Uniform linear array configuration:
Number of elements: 64
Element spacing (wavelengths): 0.25
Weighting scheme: binomial
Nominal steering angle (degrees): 30
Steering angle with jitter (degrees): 30.328
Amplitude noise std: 0.05
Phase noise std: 0.05

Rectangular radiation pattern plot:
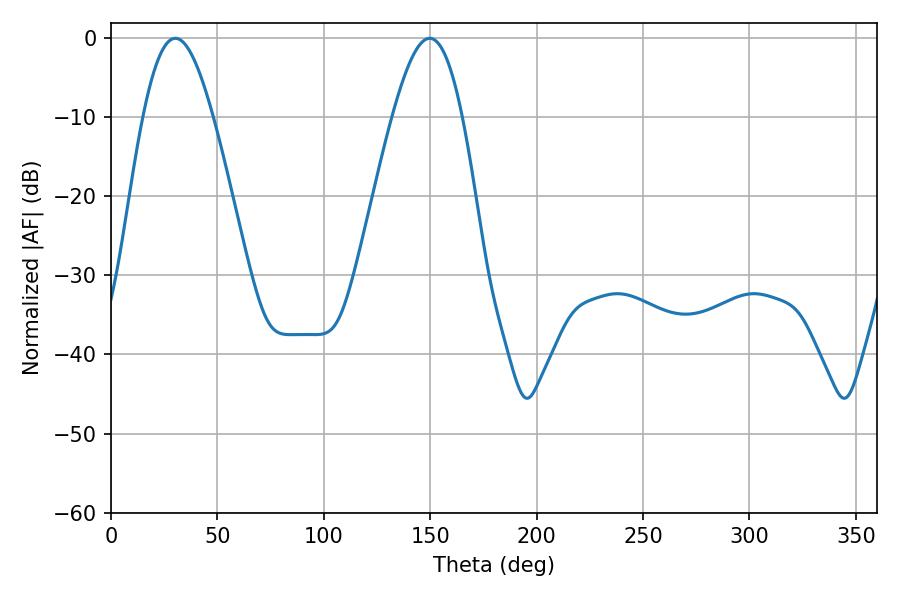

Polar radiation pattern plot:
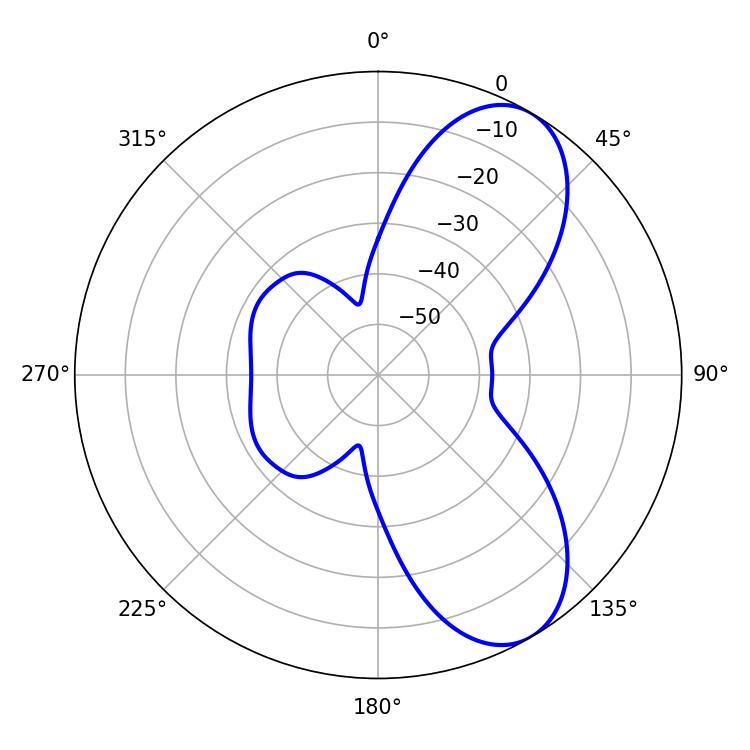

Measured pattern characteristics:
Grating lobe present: FALSE
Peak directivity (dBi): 7.663
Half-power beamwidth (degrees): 17.64
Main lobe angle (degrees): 30.24